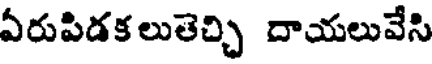
ఏరుపిడకలుతెచ్చి దాయలువేసి